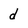
Character: d